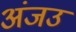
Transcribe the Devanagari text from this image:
अंजउ